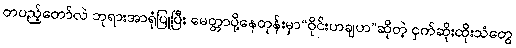
တပည့်တော်လဲ ဘုရားအာရုံပြုပြီး မေတ္တာပို့နေတုန်းမှာ“ဝိုင်းဟချဟ”ဆိုတဲ့ ငှက်ဆိုးထိုးသံတွေ